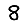
Digit: 8